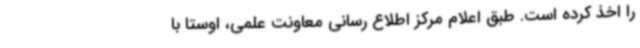
را اخذ کرده است. طبق اعلام مرکز اطلاع رسانی معاونت علمی، اوستا با